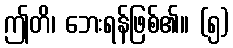
ဤတိ၊ ဘေးရန်ဖြစ်၏။ (၅)